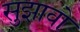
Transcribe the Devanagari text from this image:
सुझावो